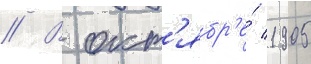
// В окт'ябр'е́ 1905